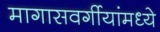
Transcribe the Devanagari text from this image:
मागासवर्गीयांमध्ये